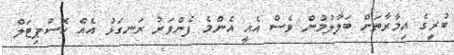
ބުރީގެ އިމާރާތަށް ބަލާލުމުން ވެސް އެއީ އެންމެ ފެންވަރު ރަނގަޅު އެއް ހޮސްޕިޓަލް